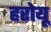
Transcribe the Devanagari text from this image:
हरोयू